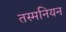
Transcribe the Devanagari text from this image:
तस्मनियन